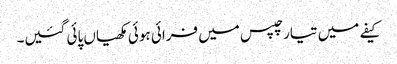
کیفے میں تیار چپس میں فرائی ہوئی مکھیاں پائی گئیں۔